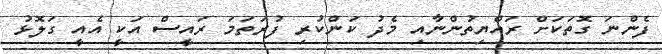
ފެންނަ ގޮތަކަށް ރައްޔިތުންނާއި މެދު ކަންކުރި ފުރަތަމަ ރައީސް އަކީ އެއީ ގަލޮޅު